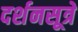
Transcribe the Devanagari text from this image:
दर्शनसूत्रे